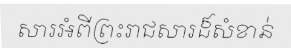
សារអំពីព្រះរាជសារដ៏សំខាន់